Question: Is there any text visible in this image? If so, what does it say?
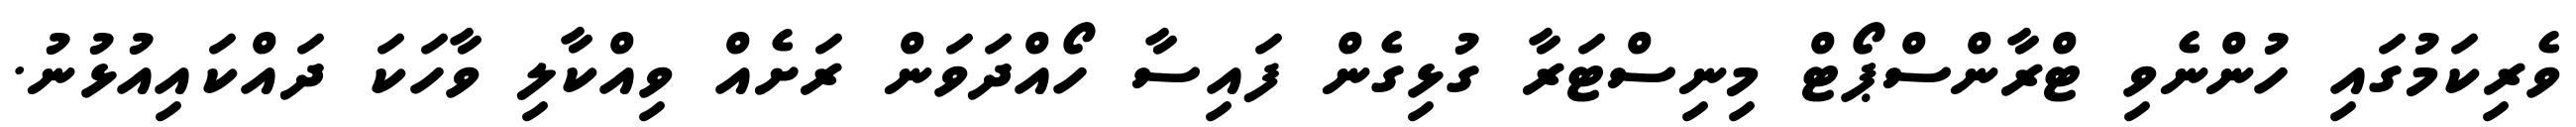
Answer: ވެރިކަމުގައި ހުންނެވި ޓްރާންސްޕޯޓް މިނިސްޓަރާ ގުޅިގެން ފައިސާ ހޯއްދަވަން ރަށެއް ވިއްކާލި ވާހަކަ ދައްކައިއުޅުނު.